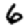
Digit: 6